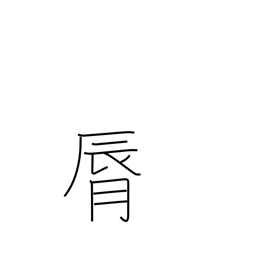
Meaning: lip